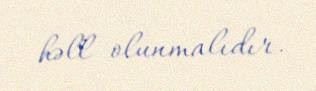
həll olunmalıdır.